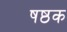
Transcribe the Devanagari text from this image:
षष्ठक